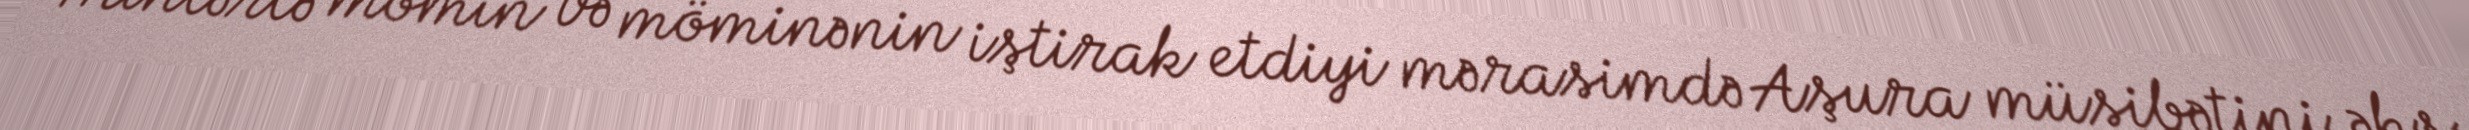
Minlərlə mömin və möminənin iştirak etdiyi mərasimdə Aşura müsibətini əks